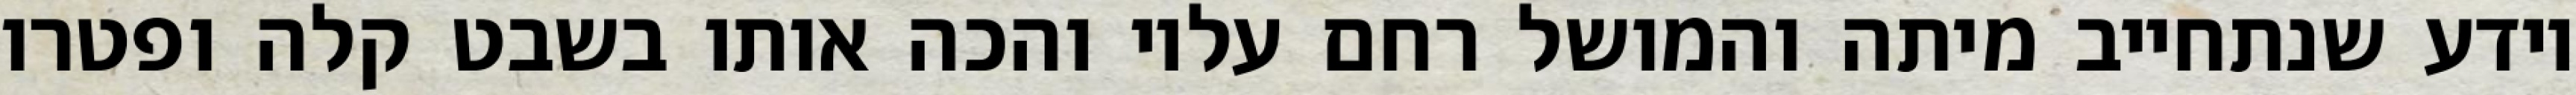
יודע שנתחייב מיתה והמושל רחם עליו והכה אותו בשבט קלה ופטרו